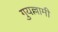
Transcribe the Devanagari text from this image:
गुयल्लामी